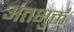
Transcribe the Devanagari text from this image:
अंतभुर्क्त